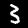
Digit: 3